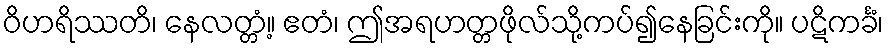
ဝိဟရိဿတိ၊ နေလတ္တံ့။ ဧတံ၊ ဤအရဟတ္တဖိုလ်သို့ကပ်၍နေခြင်းကို။ ပဋိကင်္ခံ၊